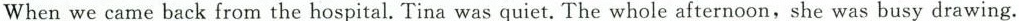
when we came back from the hospital. Tina was quiet. The whole afternoon,she was busy drawing.